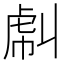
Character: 𧆮